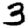
Digit: 3